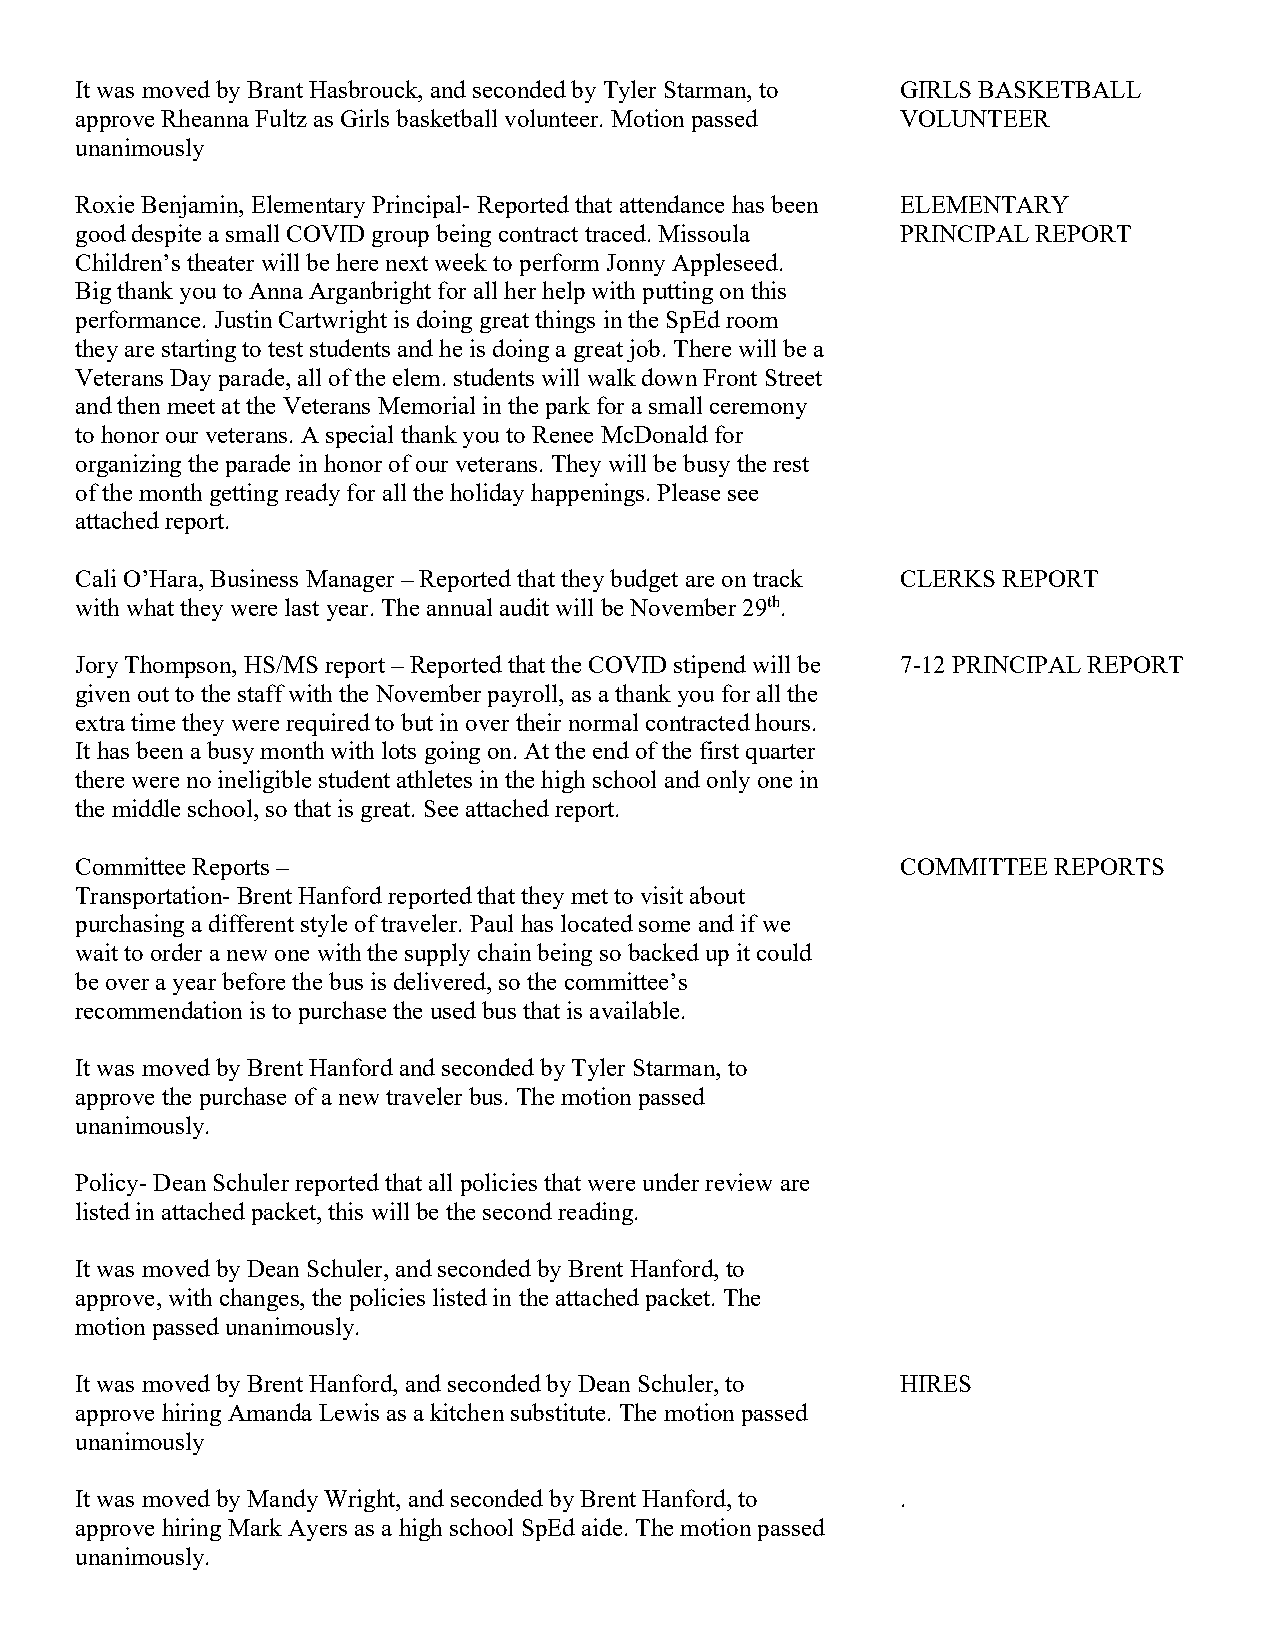
It was moved by Brant Hasbrouck, and seconded by Tyler Starman, to GIRLS BASKETBALL
 approve Rheanna Fultz as Girls basketball volunteer. Motion passed VOLUNTEER
 unanimously
 Roxie Benjamin, Elementary Principal- Reported that attendance has been ELEMENTARY
 good despite a small COVID group being contract traced. Missoula PRINCIPAL REPORT
 Children’s theater will be here next week to perform Jonny Appleseed.
 Big thank you to Anna Arganbright for all her help with putting on this
 performance. Justin Cartwright is doing great things in the SpEd room
 they are starting to test students and he is doing a great job. There will be a
 Veterans Day parade, all of the elem. students will walk down Front Street
 and then meet at the Veterans Memorial in the park for a small ceremony
 to honor our veterans. A special thank you to Renee McDonald for
 organizing the parade in honor of our veterans. They will be busy the rest
 of the month getting ready for all the holiday happenings. Please see
 attached report.
 Cali O’Hara, Business Manager – Reported that they budget are on track CLERKS REPORT
 with what they were last year. The annual audit will be November 29th.
 Jory Thompson, HS/MS report – Reported that the COVID stipend will be 7-12 PRINCIPAL REPORT
 given out to the staff with the November payroll, as a thank you for all the
 extra time they were required to but in over their normal contracted hours.
 It has been a busy month with lots going on. At the end of the first quarter
 there were no ineligible student athletes in the high school and only one in
 the middle school, so that is great. See attached report.
 Committee Reports –                                    COMMITTEE REPORTS
 Transportation- Brent Hanford reported that they met to visit about
 purchasing a different style of traveler. Paul has located some and if we
 wait to order a new one with the supply chain being so backed up it could
 be over a year before the bus is delivered, so the committee’s
 recommendation is to purchase the used bus that is available.
 It was moved by Brent Hanford and seconded by Tyler Starman, to
 approve the purchase of a new traveler bus. The motion passed
 unanimously.
 Policy- Dean Schuler reported that all policies that were under review are
 listed in attached packet, this will be the second reading.
 It was moved by Dean Schuler, and seconded by Brent Hanford, to
 approve, with changes, the policies listed in the attached packet. The
 motion passed unanimously.
 It was moved by Brent Hanford, and seconded by Dean Schuler, to HIRES
 approve hiring Amanda Lewis as a kitchen substitute. The motion passed
 unanimously
 It was moved by Mandy Wright, and seconded by Brent Hanford, to .
 approve hiring Mark Ayers as a high school SpEd aide. The motion passed
 unanimously.